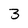
Character: 3